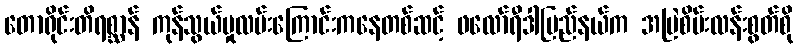
တောရိုင်းတိရစ္ဆာန် ကုန်သွယ်မှုလမ်းကြောင်းကနေတစ်ဆင့် ဖလော်ရီဒါပြည်နယ်က အမြဲစိမ်းလန်းစွတ်စို